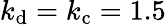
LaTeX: k_{\mathrm{d}}=k_{\mathrm{c}}=1.5